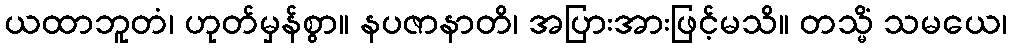
ယထာဘူတံ၊ ဟုတ်မှန်စွာ။ နပဇာနာတိ၊ အပြားအားဖြင့်မသိ။ တသ္မိံ သမယေ၊